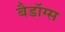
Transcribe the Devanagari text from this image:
बैडॉग्स